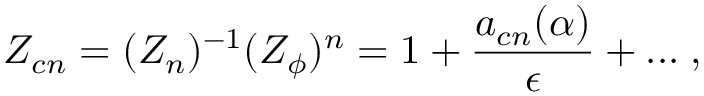
Z _ { c n } = ( { Z } _ { n } ) ^ { - 1 } ( Z _ { \phi } ) ^ { n } = 1 + \frac { a _ { c n } ( \alpha ) } { \epsilon } + . . . \; ,